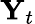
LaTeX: \mathbf{Y}_{t}